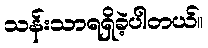
သန်းသာရရှိခဲ့ပါတယ်။